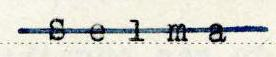
Selma